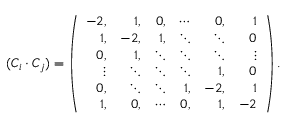
( C _ { i } \cdot C _ { j } ) = \left( \begin{array} { r r r r r r } { { - 2 , } } & { { 1 , } } & { { 0 , } } & { { \cdots } } & { { 0 , } } & { { 1 } } \\ { { 1 , } } & { { - 2 , } } & { { 1 , } } & { { \ddots } } & { { \ddots } } & { { 0 } } \\ { { 0 , } } & { { 1 , } } & { { \ddots } } & { { \ddots } } & { { \ddots } } & { { \vdots } } \\ { { \vdots } } & { { \ddots } } & { { \ddots } } & { { \ddots } } & { { 1 , } } & { { 0 } } \\ { { 0 , } } & { { \ddots } } & { { \ddots } } & { { 1 , } } & { { - 2 , } } & { { 1 } } \\ { { 1 , } } & { { 0 , } } & { { \cdots } } & { { 0 , } } & { { 1 , } } & { { - 2 } } \end{array} \right) .